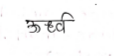
मजकूर: ऊर्ध्व